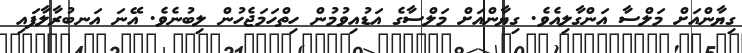
ގިޔާންއަށް މަލްސާ އަންގާލިއެވެ. ގިޔާންއަށް މަލްސާގެ އަޑުއިވުމުން ހިތްހަމަޖެހުން ލިބުނެވެ. އޭނަ އަނބުރާލާފައި